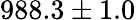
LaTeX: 988.3\pm 1.0